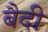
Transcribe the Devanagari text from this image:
बैदी